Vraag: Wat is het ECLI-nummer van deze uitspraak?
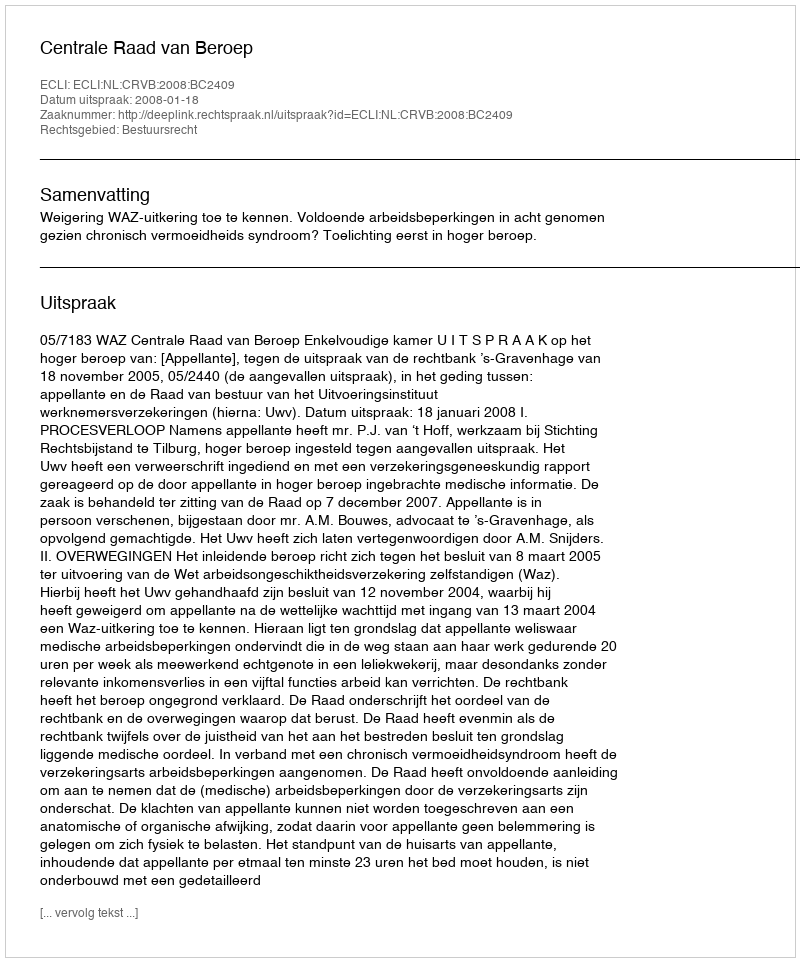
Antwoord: ECLI:NL:CRVB:2008:BC2409